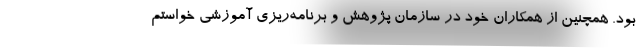
بود. همچنین از همکاران خود در سازمان پژوهش و برنامه‌ریزی آموزشی خواستم